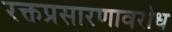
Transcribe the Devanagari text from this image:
रक्तप्रसारणावरोध